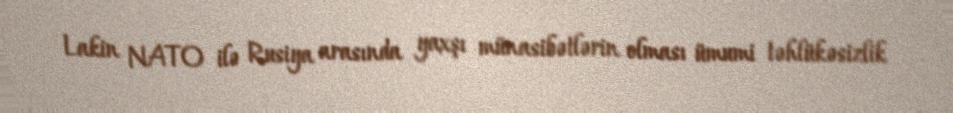
Lakin NATO ilə Rusiya arasında yaxşı münasibətlərin olması ümumi təhlükəsizlik